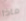
ماذا